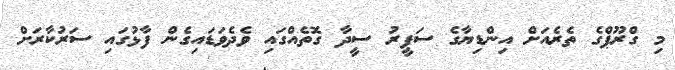
މި ގްރޫޕްގެ ތެރެއަށް އިންޑިޔާގެ ސަފީރު ސީދާ ގޮތެއްގައި ވެދެވަޑައިގެން ފާޅުގައި ސަރުކާރަށް